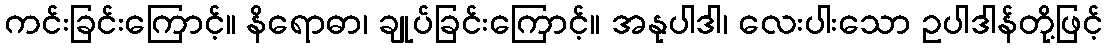
ကင်းခြင်းကြောင့်။ နိရောဓာ၊ ချုပ်ခြင်းကြောင့်။ အနုပါဒါ၊ လေးပါးသော ဥပါဒါန်တို့ဖြင့်